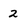
Character: 2